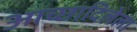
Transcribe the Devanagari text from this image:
आच्छादिलेला